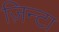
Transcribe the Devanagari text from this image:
ज़िन्टा